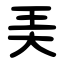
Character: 㺯